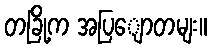
တခြို့က အပြျောတမျး။